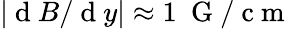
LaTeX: |\mathrm{~d~}B/\mathrm{~d~}y|\approx 1~\mathrm{~G~}/\mathrm{~c~m~}